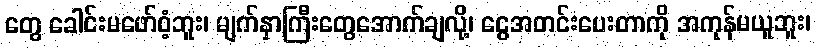
တွေ ခေါင်းမဖော်ဝံ့ဘူး၊ မျက်နှာကြီးတွေအောက်ချလို့၊ ငွေအတင်းပေးတာကို အကုန်မယူဘူး၊